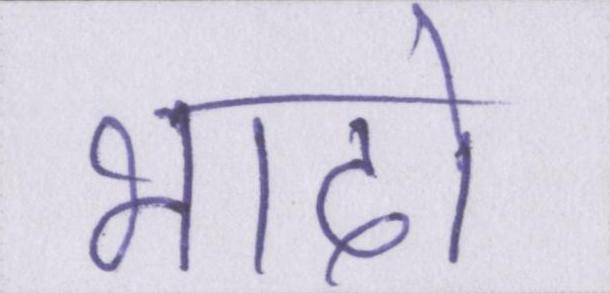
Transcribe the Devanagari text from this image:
भादो